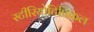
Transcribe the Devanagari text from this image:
स्टीरियोटिपिकल